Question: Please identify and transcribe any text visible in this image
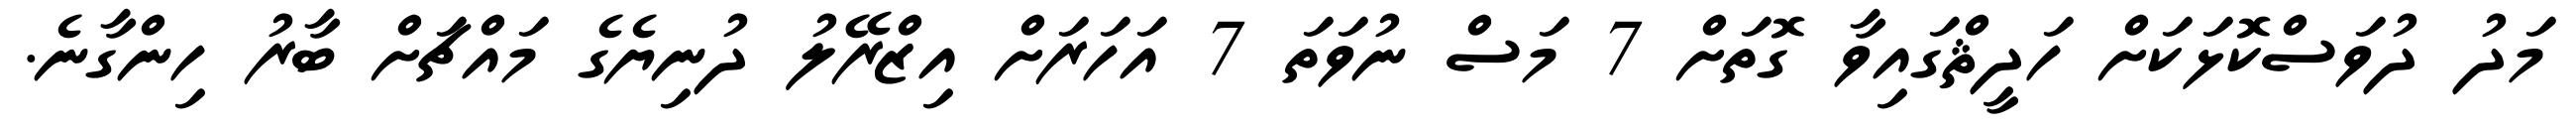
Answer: މަދު ދުވަސްކޮޅަކަށް ހަދީޘްގައިވާ ގޮތަށް 7 މަސް ނުވަތަ 7 އަހަރަށް އިޒްރޭލު ދުނިޔެގެ މައްޗަށް ބާރު ހިންގާނެ.